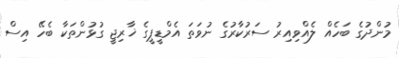
މުންދުގެ ބަހެއް ލެެއްވިއިރު ސަރުކާރުގެ ނުވަތަ އެމްޑީޕީގެ ޚާރިޖީ ގުޅުންތަކާ ބެހޭ އިސް